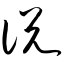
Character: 说